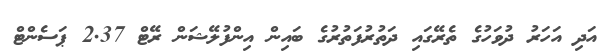
އަދި އަހަރު ދުވަހުގެ ތެރޭގައި ދަތުރުފަތުރުގެ ބައިން އިންފުލޭޝަން ރޭޓް 2.37 ޕަސެންޓް